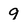
Character: 9